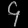
Digit: ၄